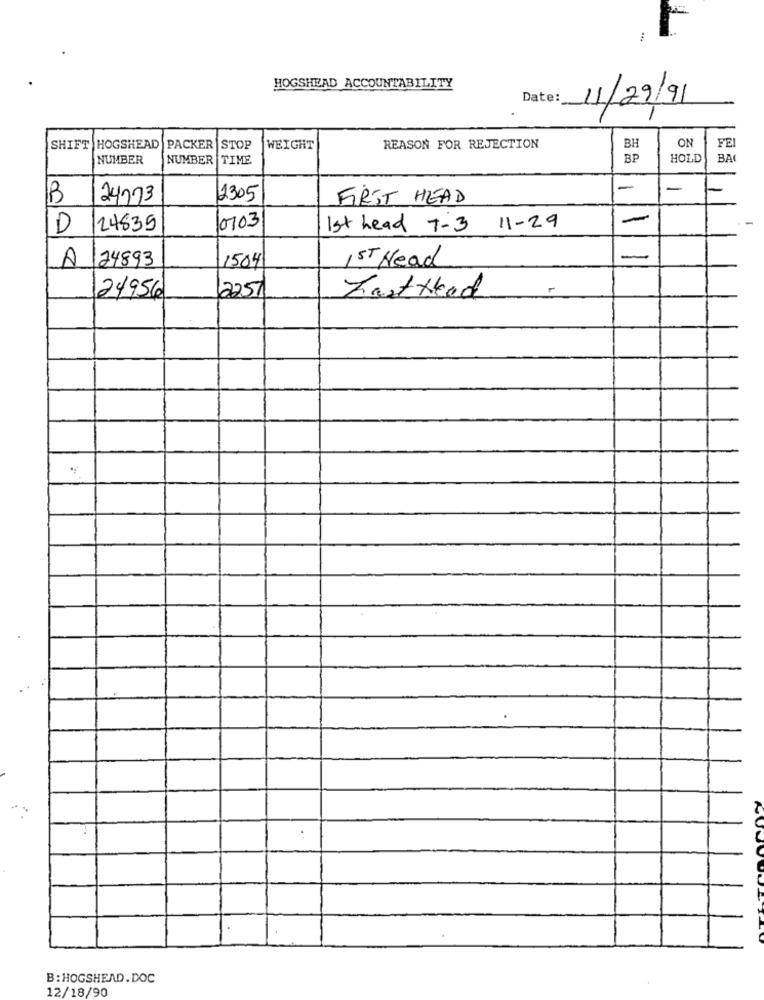
HOGSHEAD ACCOUNTABILITY
Date:
11/29/91
FEI
SHIFT HOGSHEAD
PACKER
STOP
WEIGHT
REASON FOR REJECTION
BH
ON
NUMBER
NUMBER
TIME
BP
HOLD
BAK
-
B
24273
2305
FIRST HEAD
-
0703
-
D
24835
1st head 7-3 11-29
A
124893
1504
ST Head
-
24956
2251
Zastthad
B: HOGSHEAD.DOC
12/18/90